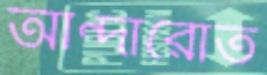
আন্দারোত